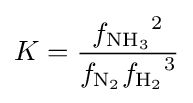
K={\frac {{f_{\mathrm {NH_{3}} }}^{2}}{f_{\mathrm {N_{2}} }{f_{\mathrm {H_{2}} }}^{3}}}